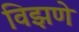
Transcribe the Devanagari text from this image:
विझणे